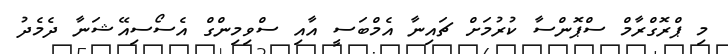
މި ޕްރޮގްރާމް ސްޕޮންސާ ކުރުމަށް ޗައިނާ އެމްބަސީ އާއި ސްވިމިންގް އެސޯސިއޭޝަނާ ދެމެދު